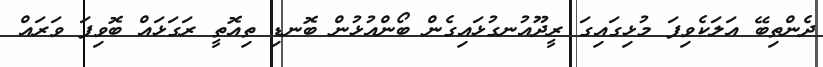
ދެންތިބޭ އަލަކެވިފަ މުޅިގައިގަ ރީދޫއުނގުޅައިގެން ބޯންއުޅުން ބޮނޑި ތިއޮތީ ރަގަޅައް ބޮވިފަ ވަރައް